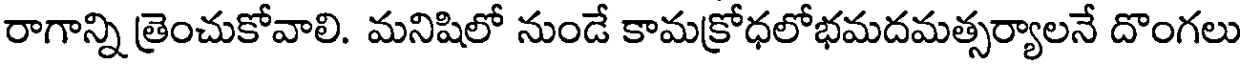
రాగాన్ని త్రెంచుకోవాలి. మనిషిలో నుండే కామక్రోధలోభమదమత్సర్యాలనే దొంగలు